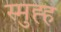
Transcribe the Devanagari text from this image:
स्मुह्ह